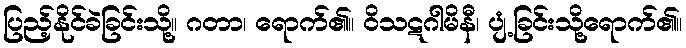
ပြည့်နိုင်ခဲခြင်းသို့။ ဂတာ၊ ရောက်၏။ ဝိသဋဂါမိနီ၊ ပျံ့ခြင်းသို့ရောက်၏။